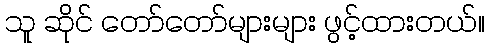
သူ ဆိုင် တော်တော်များများ ဖွင့်ထားတယ်။